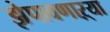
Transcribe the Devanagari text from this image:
झेपावणाऱ्या